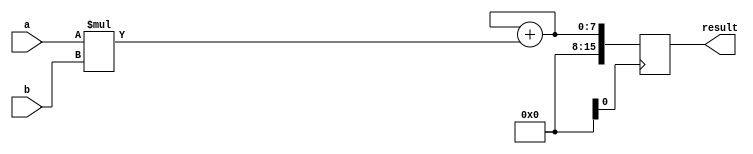
module ShiftAddMultiplier (
    input [7:0] a,
    input [7:0] b,
    output reg [15:0] result
);

reg [7:0] a_shifted;
reg [7:0] partial_product;
reg [7:0] sum;

always @(*) begin
    a_shifted = a;
    partial_product = a_shifted * b;
    sum = sum + partial_product;
end

always @(posedge clk) begin
    result <= sum;
end

endmodule